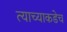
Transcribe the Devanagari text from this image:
त्याच्याकडेच